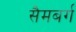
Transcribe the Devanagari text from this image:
सैमबर्ग